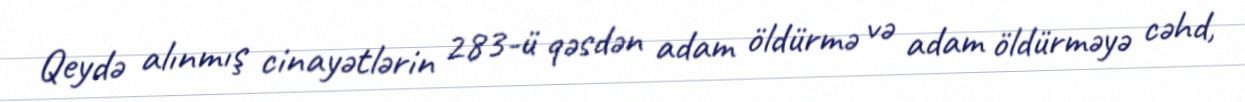
Qeydə alınmış cinayətlərin 283-ü qəsdən adam öldürmə və adam öldürməyə cəhd,